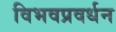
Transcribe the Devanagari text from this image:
विभवप्रवर्धन